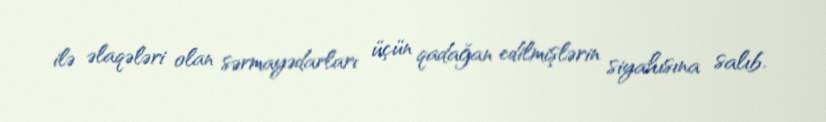
ilə əlaqələri olan sərmayədarları üçün qadağan edilmişlərin siyahısına salıb.